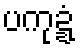
ပကုဍ္ဍံ